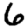
Digit: 6